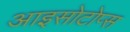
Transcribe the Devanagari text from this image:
आइसोटोप्स